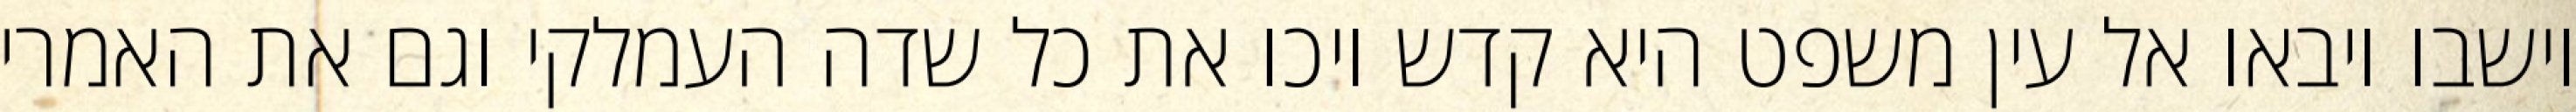
וישבו ויבאו אל עין משפט היא קדש ויכו את כל שדה העמלקי וגם את האמרי